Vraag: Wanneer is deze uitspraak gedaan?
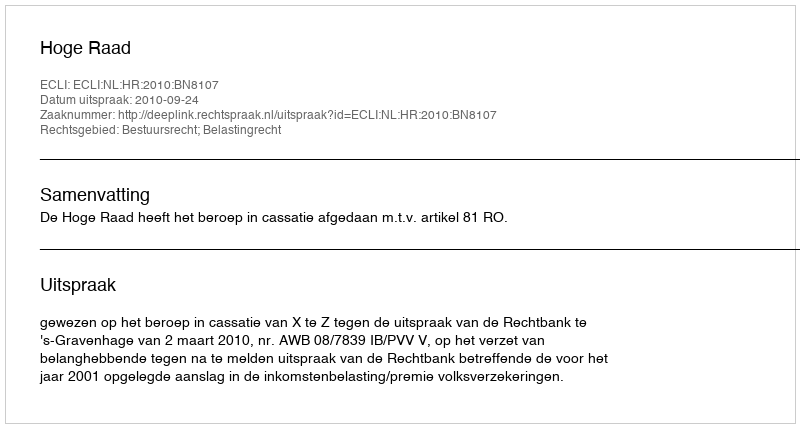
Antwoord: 2010-09-24